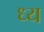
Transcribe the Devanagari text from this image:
ध्य